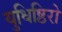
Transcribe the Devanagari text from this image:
युधिष्ठिरो